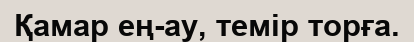
Қамар ең-ау, темір торға.